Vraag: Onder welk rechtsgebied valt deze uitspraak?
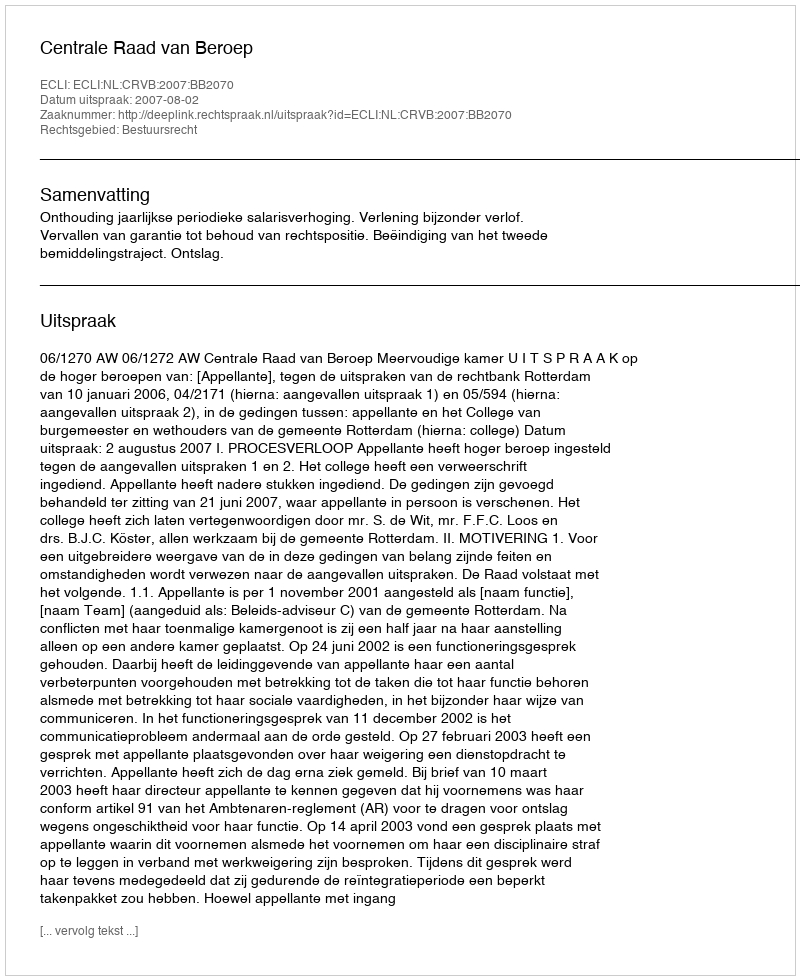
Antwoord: Bestuursrecht